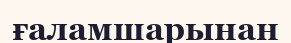
ғаламшарынан